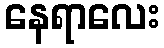
နေရာလေး